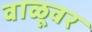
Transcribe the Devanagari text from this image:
वाळूवर